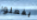
يفعلوا